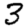
Digit: 3